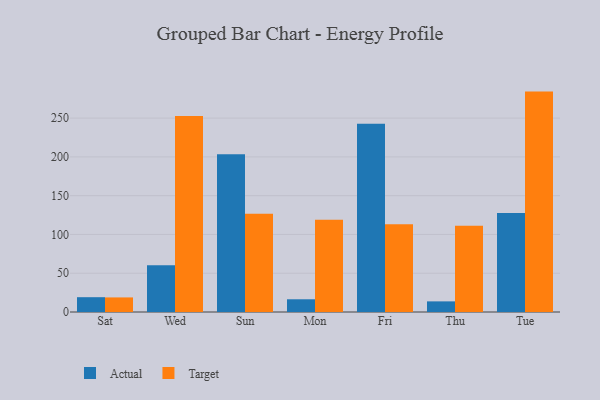
{"axis": {"x": "Day", "y": "Backlog"}, "legend": ["Actual", "Target"], "data": [{"x": "Sat", "y": 19.1, "type": "Actual"}, {"x": "Sat", "y": 18.8, "type": "Target"}, {"x": "Wed", "y": 60.2, "type": "Actual"}, {"x": "Wed", "y": 252.7, "type": "Target"}, {"x": "Sun", "y": 203.4, "type": "Actual"}, {"x": "Sun", "y": 126.8, "type": "Target"}, {"x": "Mon", "y": 16.4, "type": "Actual"}, {"x": "Mon", "y": 118.9, "type": "Target"}, {"x": "Fri", "y": 242.7, "type": "Actual"}, {"x": "Fri", "y": 113.0, "type": "Target"}, {"x": "Thu", "y": 13.7, "type": "Actual"}, {"x": "Thu", "y": 111.1, "type": "Target"}, {"x": "Tue", "y": 127.5, "type": "Actual"}, {"x": "Tue", "y": 284.2, "type": "Target"}]}